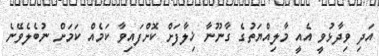
އަދި ވިދާޅުވީ އެއީ މާލިއްޔަތުގެ ގާނޫނާ ޚިލާފަށް ކޮށްފައިވާ ކަމެއް ކަމަށް ނުބެލެވޭނެ